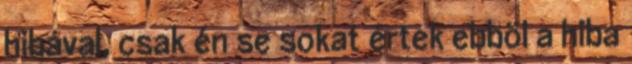
hibával, csak én se sokat értek ebböl a hiba